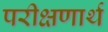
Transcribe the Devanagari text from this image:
परीक्षणार्थ